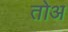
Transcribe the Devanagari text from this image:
तोअ